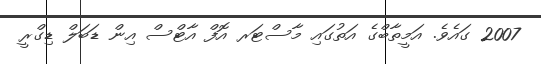
2007 ގައެވެ. އަމީތާބްގެ އަތުގައި މާސްޓަރ އޮފް އާޓްސް އިން ޑަބަލް ޑިގްރީ